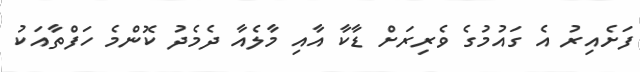
ފަށެއިރު އެ ގައުމުގެ ވެރިރަށް ޑާކާ އާއި މާލެއާ ދެމެދު ކޮންމެ ހަފްތާއަކު